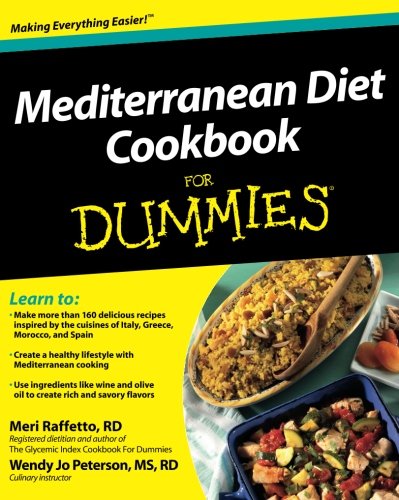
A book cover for Mediterranean Diet Cookbook For Dummies; Meri Raffetto; Health, Fitness & Dieting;